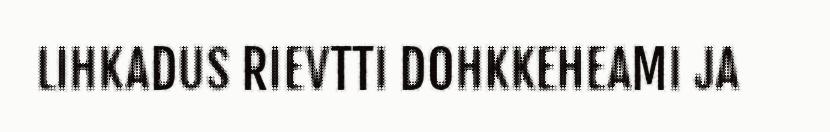
LIHKADUS RIEVTTI DOHKKEHEAMI JA